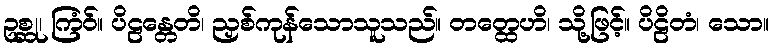
ဥစ္ဆု၊ ကြံဝ်။ ပိဠန္တေတိ၊ ညှစ်ကုန်သောသူသည်။ တတ္ထေဟိ၊ သို့ဖြင့်။ ပိဠိတံ၊ သော။